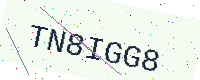
Text: TN8IGG8